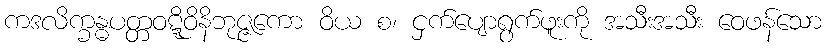
ကဒလိက္ခန္ဓပတ္တဝဋ္ဋိဝိနိဘုဇ္ဇကော ဝိယ စ၊ ငှက်ပျောရွက်ဖူးကို အသီးအသီး ဝေဖန်သော